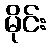
မိုင်း